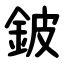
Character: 鈹